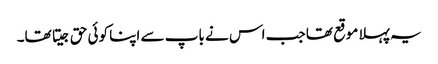
یہ پہلا موقع تھا جب اس نے باپ سے اپنا کوئی حق جیتا تھا۔